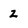
Character: z